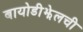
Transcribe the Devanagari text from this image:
बायोडीझेलची